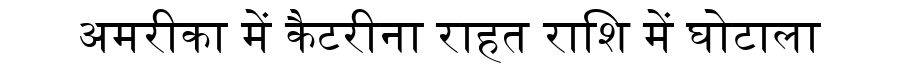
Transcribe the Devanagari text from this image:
अमरीका में कैटरीना राहत राशि में घोटाला